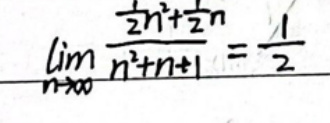
\(\lim_{n \to \infty} \frac{\frac{1}{2}n^{2}+\frac{1}{2}n}{n^{2}+n + 1}=\frac{1}{2}\)